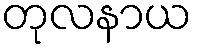
တုလနာယ